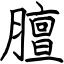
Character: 膻